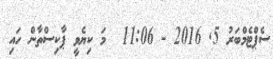
ސެޕްޓެމްބަރު 5